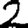
Digit: 2